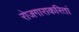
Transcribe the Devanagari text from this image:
रोजगाराकरितां